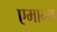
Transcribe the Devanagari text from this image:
एमान्य